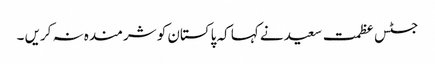
جسٹس عظمت سعید نے کہا کہ پاکستان کو شرمندہ نہ کریں ۔